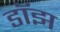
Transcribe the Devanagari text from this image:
डॉझ